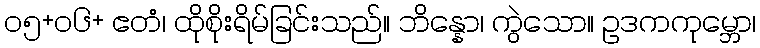
၀၅+၀၆+ ဧတံ၊ ထိုစိုးရိမ်ခြင်းသည်။ ဘိန္နော၊ ကွဲသော။ ဥဒကကုမ္ဘော၊